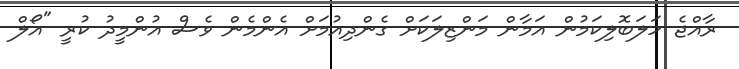
ރާއްޖެ ހަލަބޮލިކަމުން އަމާން މަންޒިލަކަށް ގެންދިއުމަށް އެންމެން ވެސް އުންމީދު ކުރީ "އޯލް